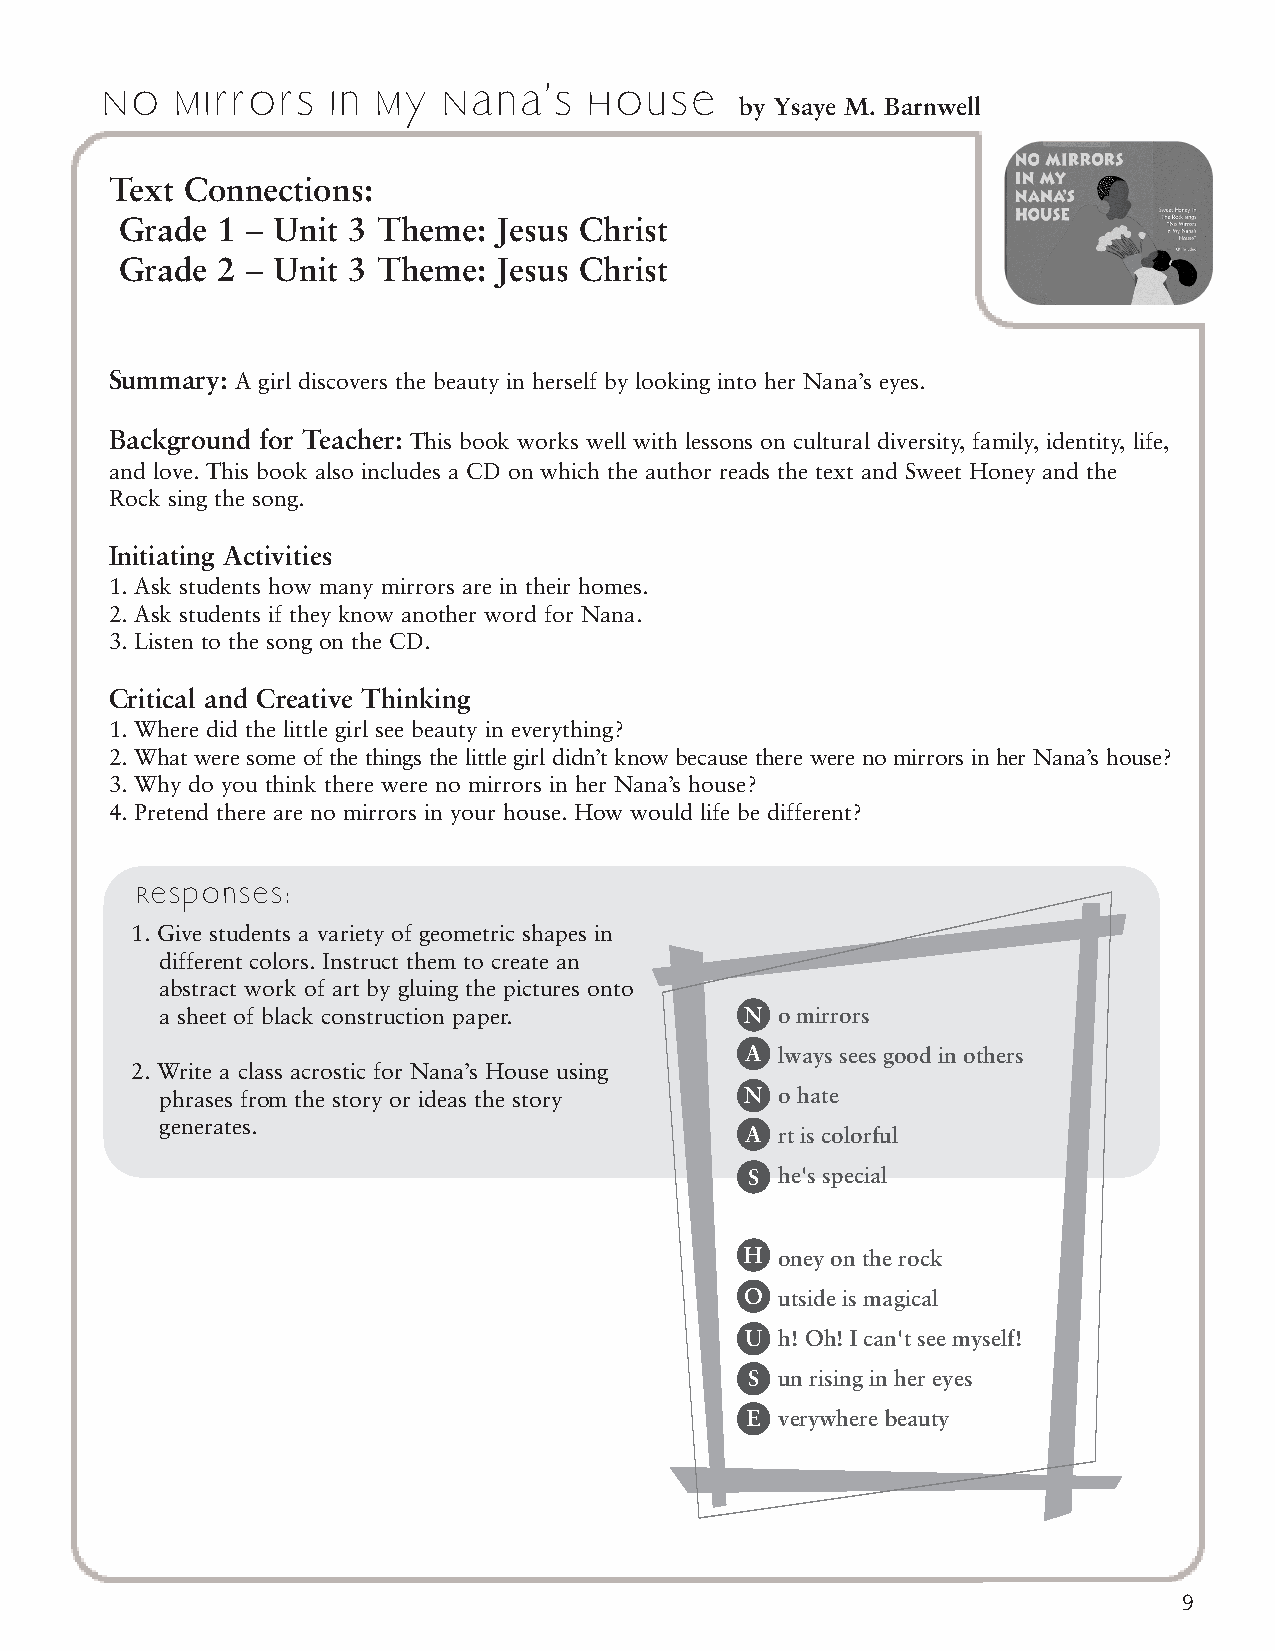
No  Mirrors    In My  Nana’s    House
 by Ysaye M. Barnwell
 Text Connections:
 Grade 1 – Unit 3 Theme:  Jesus Christ
 Grade 2 – Unit 3 Theme:  Jesus Christ
 Summary: A girl discovers the beauty in herself by looking into her Nana’s eyes.
 Background for Teacher: This book works well with lessons on cultural diversity, family, identity, life,
 and love. This book also includes a CD on which the author reads the text and Sweet Honey and the
 Rock sing the song.
 Initiating Activities
 1. Ask students how many mirrors are in their homes.
 2. Ask students if they know another word for Nana.
 3. Listen to the song on the CD.
 Critical and Creative Thinking
 1. Where did the little girl see beauty in everything?
 2. What were some of the things the little girl didn’t know because there were no mirrors in her Nana’s house?
 3. Why do you think there were no mirrors in her Nana’s house?
 4. Pretend there are no mirrors in your house. How would life be different?
 Responses:
 1. Give students a variety of geometric shapes in
 different colors. Instruct them to create an
 abstract work of art by gluing the pictures onto
 a sheet of black construction paper.  N  o mirrors
 A  lways sees good in others
 2. Write a class acrostic for Nana’s House using
 phrases from the story or ideas the story N o hate
 generates.
 A  rt is colorful
 S he's special
 H  oney on the rock
 O  utside is magical
 U  h! Oh! I can't see myself!
 S un rising in her eyes
 E  verywhere beauty
 9